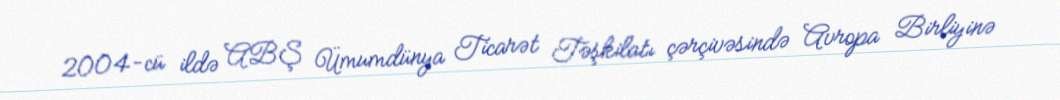
2004-cü ildə ABŞ Ümumdünya Ticarət Təşkilatı çərçivəsində Avropa Birliyinə